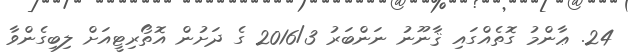
24. ޢާންމު ގޮތެއްގައި ޤާނޫނު ނަންބަރު 2016/3 ގެ ދަށުން އޮތޯރިޓީއަށް ލިބިގެންވާ